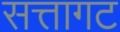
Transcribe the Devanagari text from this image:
सत्तागट